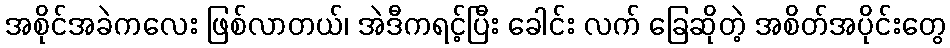
အစိုင်အခဲကလေး ဖြစ်လာတယ်၊ အဲဒီကရင့်ပြီး ခေါင်း လက် ခြေဆိုတဲ့ အစိတ်အပိုင်းတွေ